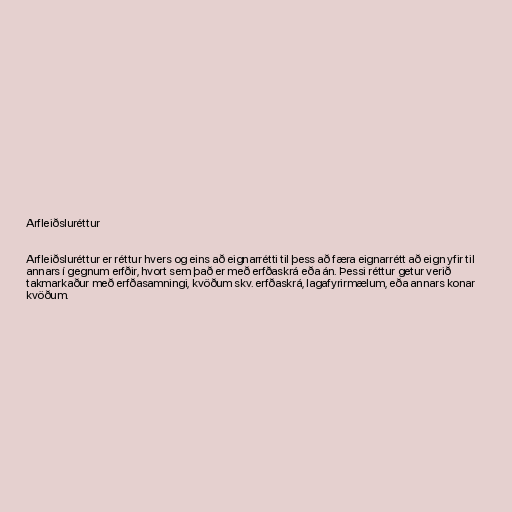
Arfleiðsluréttur

Arfleiðsluréttur er réttur hvers og eins að eignarrétti til þess að færa eignarrétt að eign yfir til
annars í gegnum erfðir, hvort sem það er með erfðaskrá eða án. Þessi réttur getur verið
takmarkaður með erfðasamningi, kvöðum skv. erfðaskrá, lagafyrirmælum, eða annars konar
kvöðum.